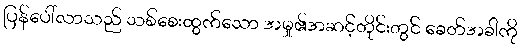
ပြန်ပေါ်လာသည် သစ်စေးထွက်သော အမှု၏အဆင့်တိုင်းတွင် ခေတ်အခါကို